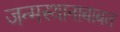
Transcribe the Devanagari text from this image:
जन्मस्थानाबाबत